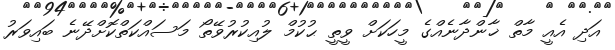
އަދި އެއީ މާތް ޚާންދާނެއްގެ މީހަކަށް ވީތީ ޙުކުމް ލުއިކުރުވޭތޯ މަސައްކަތްކޮށްދޭނެ ބައިވަރު